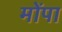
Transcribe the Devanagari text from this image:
मोंपा